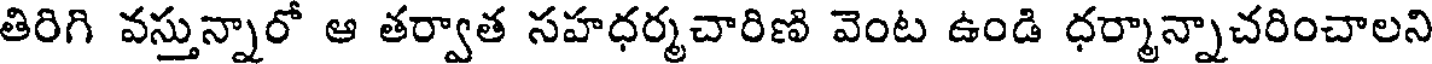
తిరిగి వస్తున్నారో ఆ తర్వాత సహధర్మచారిణి వెంట ఉండి ధర్మాన్నాచరించాలని